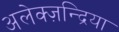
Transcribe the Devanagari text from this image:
अलेक्ज़न्द्रिया